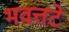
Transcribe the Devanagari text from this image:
भवत्तटे